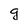
Character: g